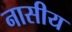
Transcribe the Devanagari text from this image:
नासीय